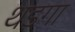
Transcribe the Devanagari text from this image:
थडगा